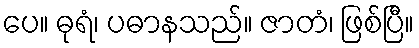
ပေ။ ဓုရံ၊ ပဓာနသည်။ ဇာတံ၊ ဖြစ်ပြီ။